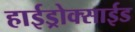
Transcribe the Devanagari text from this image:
हाईड्रोक्साईड